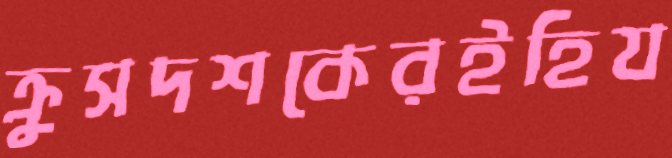
ক্রুসদশকেরইহিয